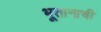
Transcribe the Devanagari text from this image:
भूतानाची